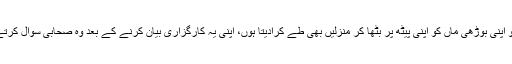
ضرورت پڑتی ہے تو اپنی بوڑھی ماں کو اپنی پیٹھ پر بٹھا کر منزلیں بھی طے کرادیتا ہوں، اپنی یہ کارگزاری بیان کرنے کے بعد وہ صحابی سوال کرتے ہیں اللہ کے رسول!